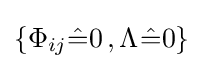
\{\Phi _{ij}{\hat {=}}0\,,\Lambda _{}{\hat {=}}0\}